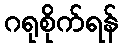
ဂရုစိုက်ရန်